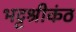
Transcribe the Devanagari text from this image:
भट्टश्रीकंठ